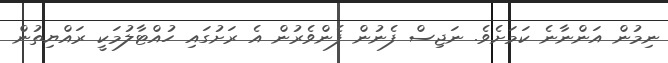
ނިމުން އަންނާނެ ކަަމަށެވެ. ނަޖިސް ފެނުން ފެންވެރުން އެ ރަށުގައި ހުއްޓާލުމަކީ ރައްޔިތުން